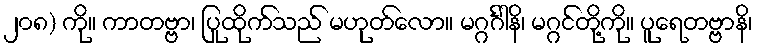
၂၀၈) ကို။ ကာတဗ္ဗာ၊ ပြုထိုက်သည် မဟုတ်လော။ မဂ္ဂင်္ဂါနိ၊ မဂ္ဂင်တို့ကို။ ပူရေတဗ္ဗာနိ၊